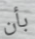
بأن